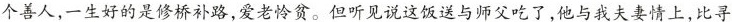
个善人，一生好的是修桥补路，爱老怜贫。但听见说这饭送与师父吃了，他与我夫妻情上，比寻